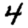
Digit: 4